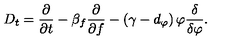
D _ { t } = \frac { \partial } { \partial t } - \beta _ { f } \frac { \partial } { \partial f } - \left( \gamma - d _ { \varphi } \right) \varphi \frac { \delta } { \delta \varphi } .